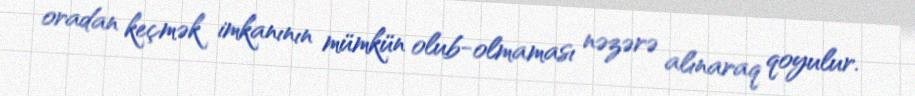
oradan keçmək imkanının mümkün olub-olmaması nəzərə alınaraq qoyulur.